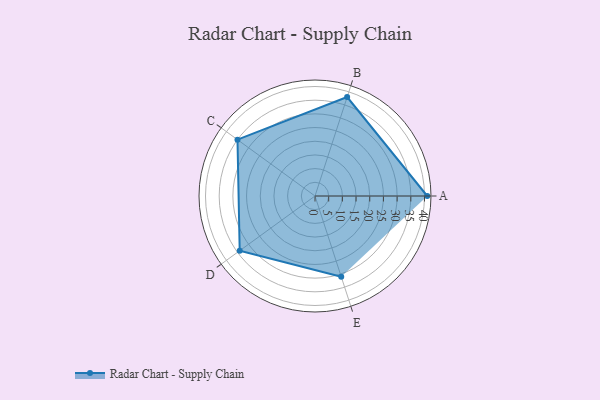
{"axis": {"x": "Skill", "y": "Score"}, "legend": ["Profile"], "data": [{"x": "A", "y": 41.0, "type": "Profile"}, {"x": "B", "y": 38.0, "type": "Profile"}, {"x": "C", "y": 35.0, "type": "Profile"}, {"x": "D", "y": 34.0, "type": "Profile"}, {"x": "E", "y": 31.0, "type": "Profile"}]}